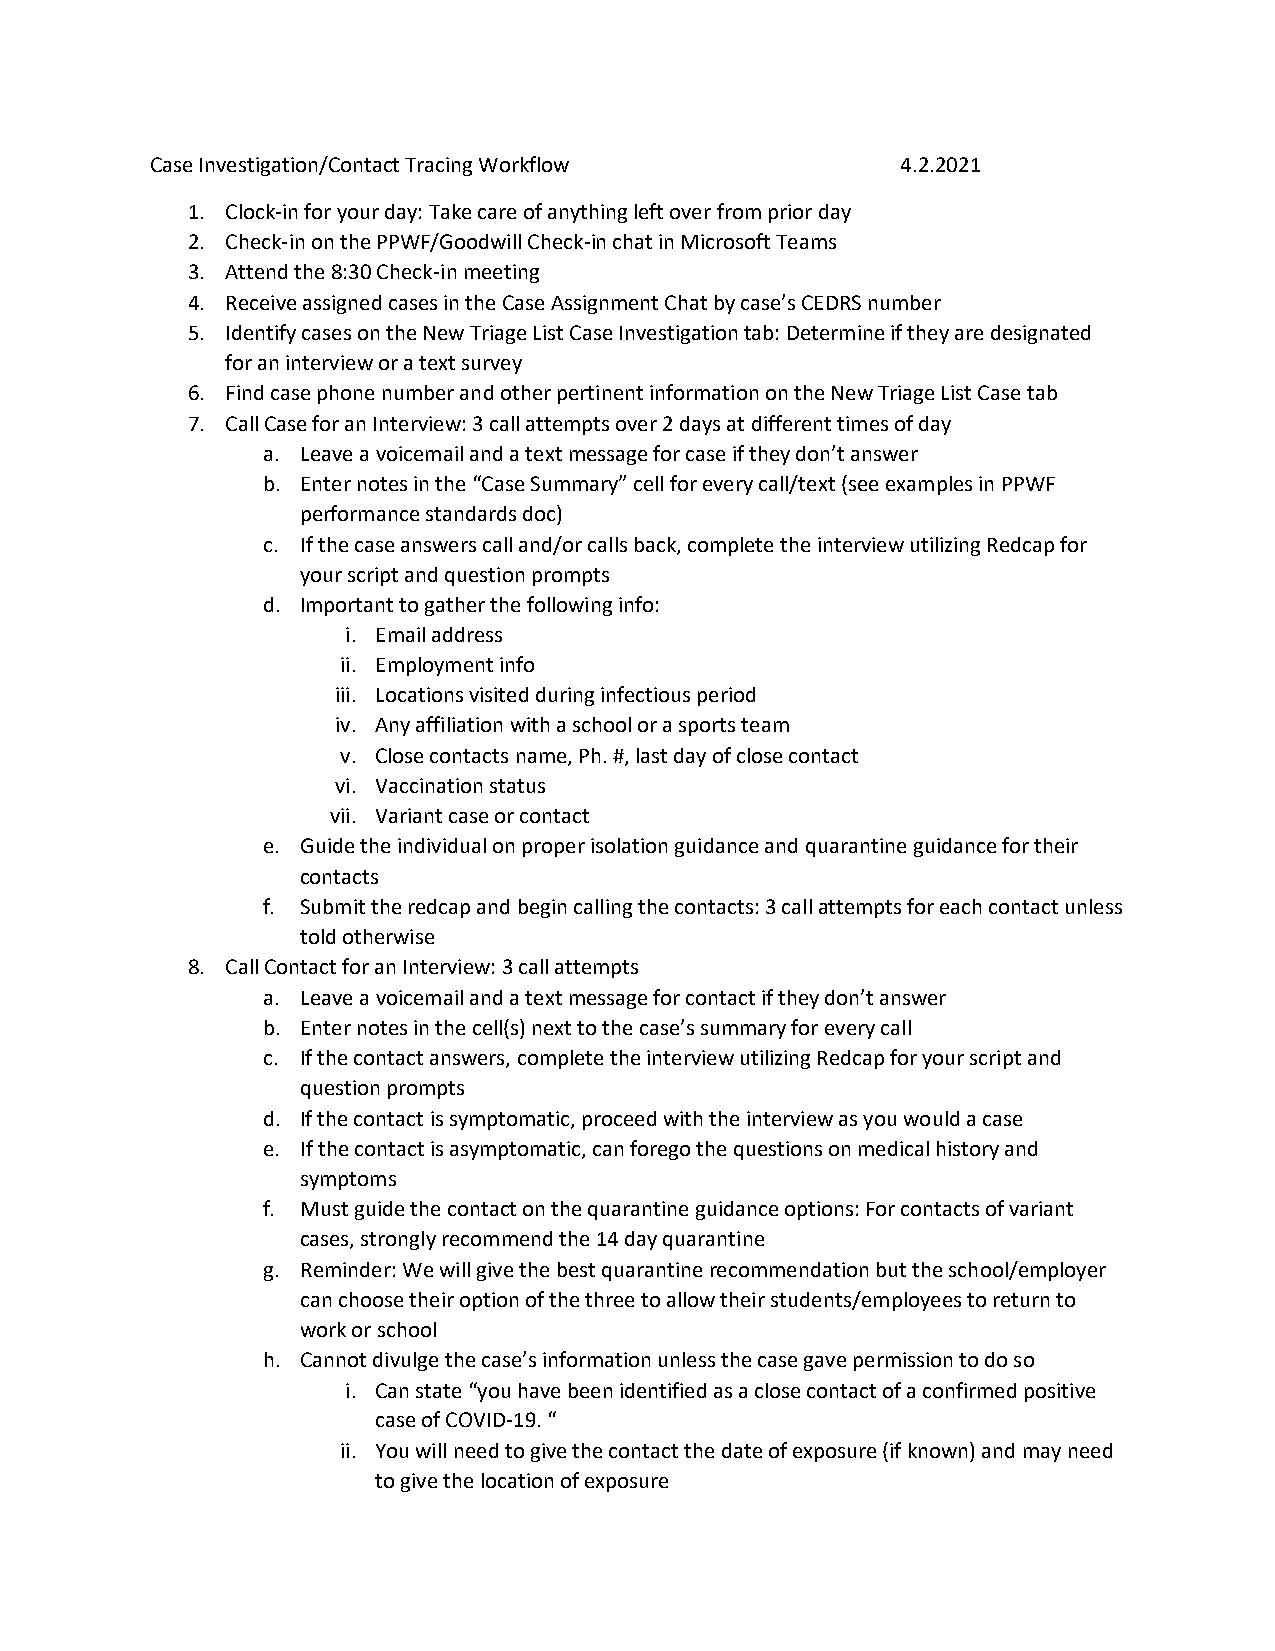
Case Investigation/Contact Tracing Workflow       4.2.2021
 1. Clock-in for your day: Take care of anything left over from prior day
 2. Check-in on the PPWF/Goodwill Check-in chat in Microsoft Teams
 3. Attend the 8:30 Check-in meeting
 4. Receive assigned cases in the Case Assignment Chat by case’s CEDRS number
 5. Identify cases on the New Triage List Case Investigation tab: Determine if they are designated
 for an interview or a text survey
 6. Find case phone number and other pertinent information on the New Triage List Case tab
 7. Call Case for an Interview: 3 call attempts over 2 days at different times of day
 a. Leave a voicemail and a text message for case if they don’t answer
 b. Enter notes in the “Case Summary” cell for every call/text (see examples in PPWF
 performance standards doc)
 c. If the case answers call and/or calls back, complete the interview utilizing Redcap for
 your script and question prompts
 d. Important to gather the following info:
 i. Email address
 ii. Employment info
 iii. Locations visited during infectious period
 iv. Any affiliation with a school or a sports team
 v. Close contacts name, Ph. #, last day of close contact
 vi. Vaccination status
 vii. Variant case or contact
 e. Guide the individual on proper isolation guidance and quarantine guidance for their
 contacts
 f. Submit the redcap and begin calling the contacts: 3 call attempts for each contact unless
 told otherwise
 8. Call Contact for an Interview: 3 call attempts
 a. Leave a voicemail and a text message for contact if they don’t answer
 b. Enter notes in the cell(s) next to the case’s summary for every call
 c. If the contact answers, complete the interview utilizing Redcap for your script and
 question prompts
 d. If the contact is symptomatic, proceed with the interview as you would a case
 e. If the contact is asymptomatic, can forego the questions on medical history and
 symptoms
 f. Must guide the contact on the quarantine guidance options: For contacts of variant
 cases, strongly recommend the 14 day quarantine
 g. Reminder: We will give the best quarantine recommendation but the school/employer
 can choose their option of the three to allow their students/employees to return to
 work or school
 h. Cannot divulge the case’s information unless the case gave permission to do so
 i. Can state “you have been identified as a close contact of a confirmed positive
 case of COVID-19. “
 ii. You will need to give the contact the date of exposure (if known) and may need
 to give the location of exposure